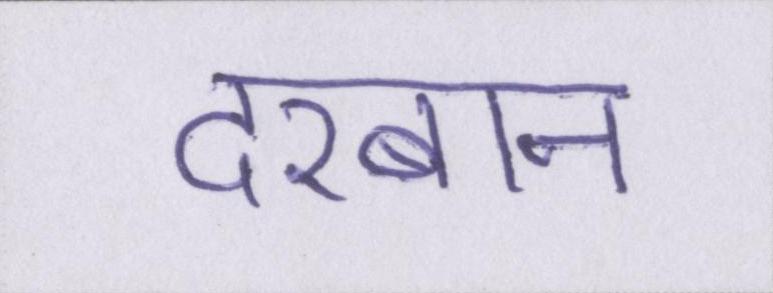
दरबान